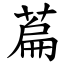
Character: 萹